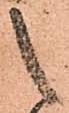
之